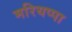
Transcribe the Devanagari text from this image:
मरियप्पा